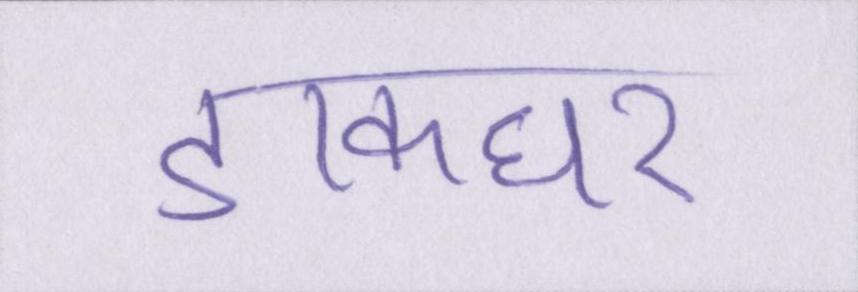
डाकघर